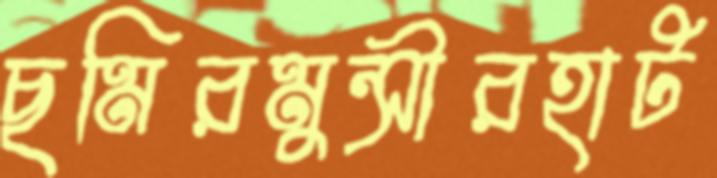
ছমিরমুন্সীরহাট